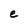
Character: e